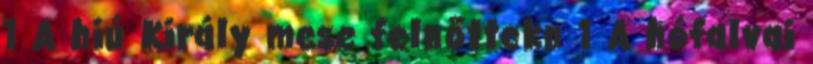
1 A hiú Király mese felnőttekn 1 A hófalvai